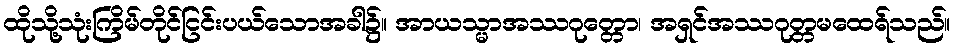
ထိုသို့သုံးကြိမ်တိုင်ငြင်းပယ်သောအခါ၌။ အာယသ္မာအဿဂုတ္တော၊ အရှင်အဿဂုတ္တမထေရ်သည်။